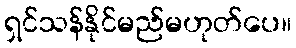
ရှင်သန်နိုင်မည်မဟုတ်ပေ။